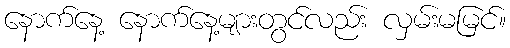
နောက်နေ့ နောက်နေ့များတွင်လည်း လှမ်းမမြင်။